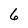
Character: 6